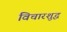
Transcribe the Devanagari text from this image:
विचारशुद्ध